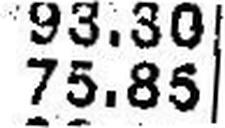
75.85